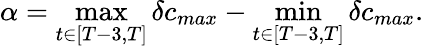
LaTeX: \alpha=\operatorname*{max}_{t\in[T-3,T]}\delta c_{max}-\operatorname*{min}_{t\in[T-3,T]}\delta c_{max}.